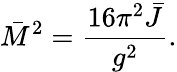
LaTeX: \bar{M}^{2}={\frac{16\pi^{2}\bar{J}}{g^{2}}}.